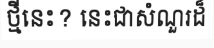
ថ្មីនេះ? នេះជាសំណួរដ៏